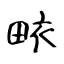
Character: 畩